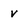
Character: v